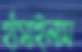
হাঁসাইলাম